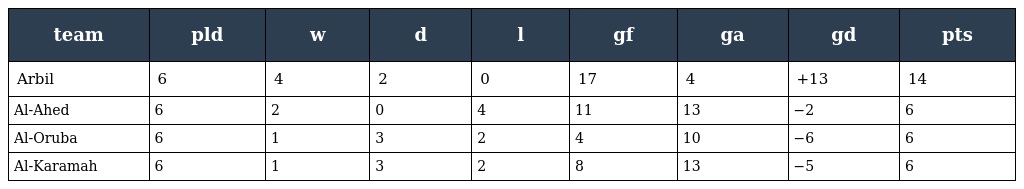
| team | pld | w | d | l | gf | ga | gd | pts |
 | --- | --- | --- | --- | --- | --- | --- | --- | --- |
 | Arbil | 6 | 4 | 2 | 0 | 17 | 4 | +13 | 14 |
 | Al-Ahed | 6 | 2 | 0 | 4 | 11 | 13 | −2 | 6 |
 | Al-Oruba | 6 | 1 | 3 | 2 | 4 | 10 | −6 | 6 |
 | Al-Karamah | 6 | 1 | 3 | 2 | 8 | 13 | −5 | 6 |